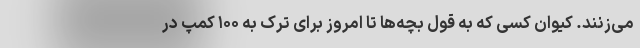
می‌زنند. کیوان کسی که به قول بچه‌ها تا امروز برای ترک به ۱۰۰ کمپ در